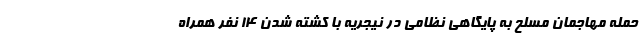
حمله مهاجمان مسلح به پایگاهی نظامی در نیجریه با کشته شدن 14 نفر همراه